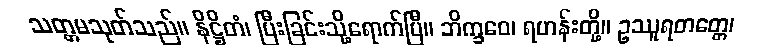
သတ္တမသုတ်သည်။ နိဋ္ဌိတံ၊ ပြီးခြင်းသို့ရောက်ပြီ။ ဘိက္ခဝေ၊ ရဟန်းတို့။ ဥဿူရတတ္တေ၊